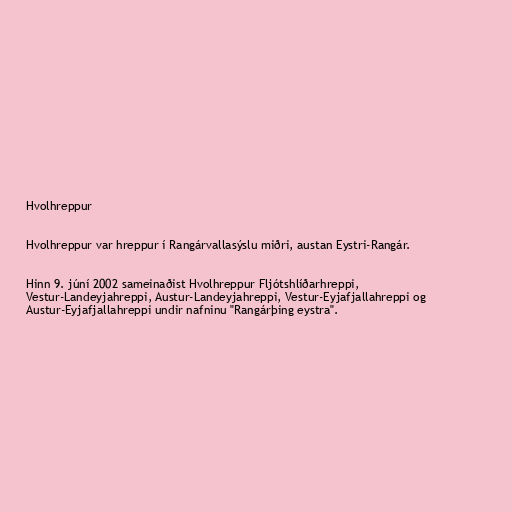
Hvolhreppur

Hvolhreppur var hreppur í Rangárvallasýslu miðri, austan Eystri-Rangár.

Hinn 9. júní 2002 sameinaðist Hvolhreppur Fljótshlíðarhreppi,
Vestur-Landeyjahreppi, Austur-Landeyjahreppi, Vestur-Eyjafjallahreppi og
Austur-Eyjafjallahreppi undir nafninu "Rangárþing eystra".